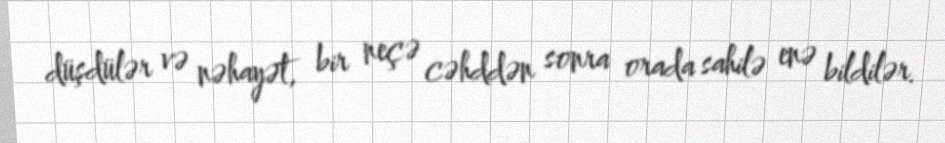
düşdülər və nəhayət, bir neçə cəhddən sonra orada sahilə enə bildilər.